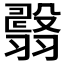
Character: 𦒇